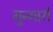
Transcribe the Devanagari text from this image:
गुन्गारो